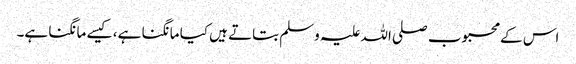
اس کے محبوب صلی اللہ علیہ وسلم بتاتے ہیں کیا مانگنا ہے، کیسے مانگنا ہے۔